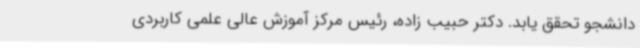
دانشجو تحقق یابد. دکتر حبیب زاده، رئیس مرکز آموزش عالی علمی کاربردی